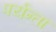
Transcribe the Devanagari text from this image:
पर्यन्ता